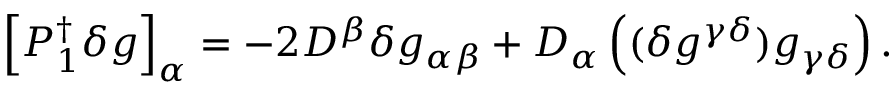
\left[ P _ { 1 } ^ { \dagger } \delta g \right] _ { \alpha } = - 2 D ^ { \beta } \delta g _ { \alpha \beta } + D _ { \alpha } \left( ( \delta g ^ { \gamma \delta } ) g _ { \gamma \delta } \right) .